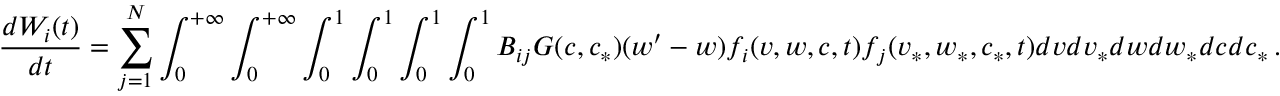
\frac { d W _ { i } ( t ) } { d t } = \sum _ { j = 1 } ^ { N } \int _ { 0 } ^ { + \infty } \int _ { 0 } ^ { + \infty } \int _ { 0 } ^ { 1 } \int _ { 0 } ^ { 1 } \int _ { 0 } ^ { 1 } \int _ { 0 } ^ { 1 } B _ { i j } G ( c , c _ { * } ) ( w ^ { \prime } - w ) f _ { i } ( v , w , c , t ) f _ { j } ( v _ { * } , w _ { * } , c _ { * } , t ) d v d v _ { * } d w d w _ { * } d c d c _ { * } \, .